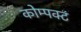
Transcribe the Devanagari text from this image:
कोम्पक्ट